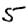
Digit: 5